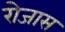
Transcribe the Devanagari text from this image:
रोजास